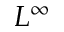
L ^ { \infty }